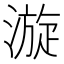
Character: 漩